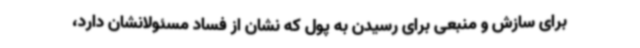
برای سازش و منبعی برای رسیدن به پول که نشان از فساد مسئولانشان دارد،